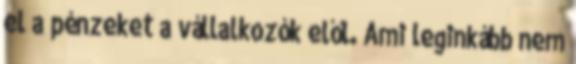
el a pénzeket a vállalkozók elől. Ami leginkább nem